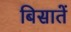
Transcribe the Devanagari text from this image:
बिसातें